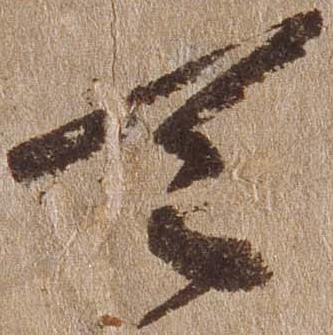
天